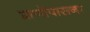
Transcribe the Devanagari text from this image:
प्राणोंपासना